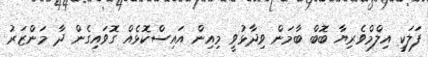
ފަލަކީ އިލްމްވެރިޔާ ބޮބް ބާމަން ވިދާޅުވީ މިއިން އައިސްކޮޅެއް ގޮވައިގެން ދާ މަންޒަރު